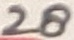
Text: 28